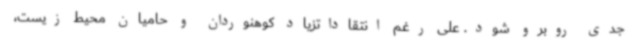
جدی روبرو شود. علی رغم انتقاداتزیاد کوهنوردان و حامیان محیط زیست،